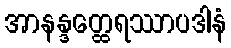
အာနန္ဒတ္ထေရဿာပဒါနံ